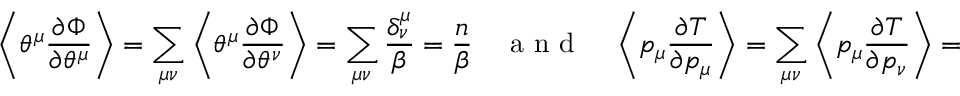
\left\langle \theta ^ { \mu } \frac { \partial \Phi } { \partial \theta ^ { \mu } } \right\rangle = \sum _ { \mu \nu } \left\langle \theta ^ { \mu } \frac { \partial \Phi } { \partial \theta ^ { \nu } } \right\rangle = \sum _ { \mu \nu } \frac { \delta _ { \nu } ^ { \mu } } { \beta } = \frac { n } { \beta } \quad \mathrm { ~ a ~ n ~ d ~ } \quad \left\langle p _ { \mu } \frac { \partial T } { \partial p _ { \mu } } \right\rangle = \sum _ { \mu \nu } \left\langle p _ { \mu } \frac { \partial T } { \partial p _ { \nu } } \right\rangle = \sum _ { \mu \nu } \frac { \delta _ { \mu } ^ { \nu } } { \beta } = \frac { n } { \beta } .